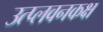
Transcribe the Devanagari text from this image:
उत्प्लवनकक्ष